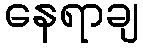
နေရာချ